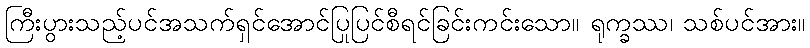
ကြီးပွားသည့်ပင်အသက်ရှင်အောင်ပြုပြင်စီရင်ခြင်းကင်းသော။ ရုက္ခဿ၊ သစ်ပင်အား။